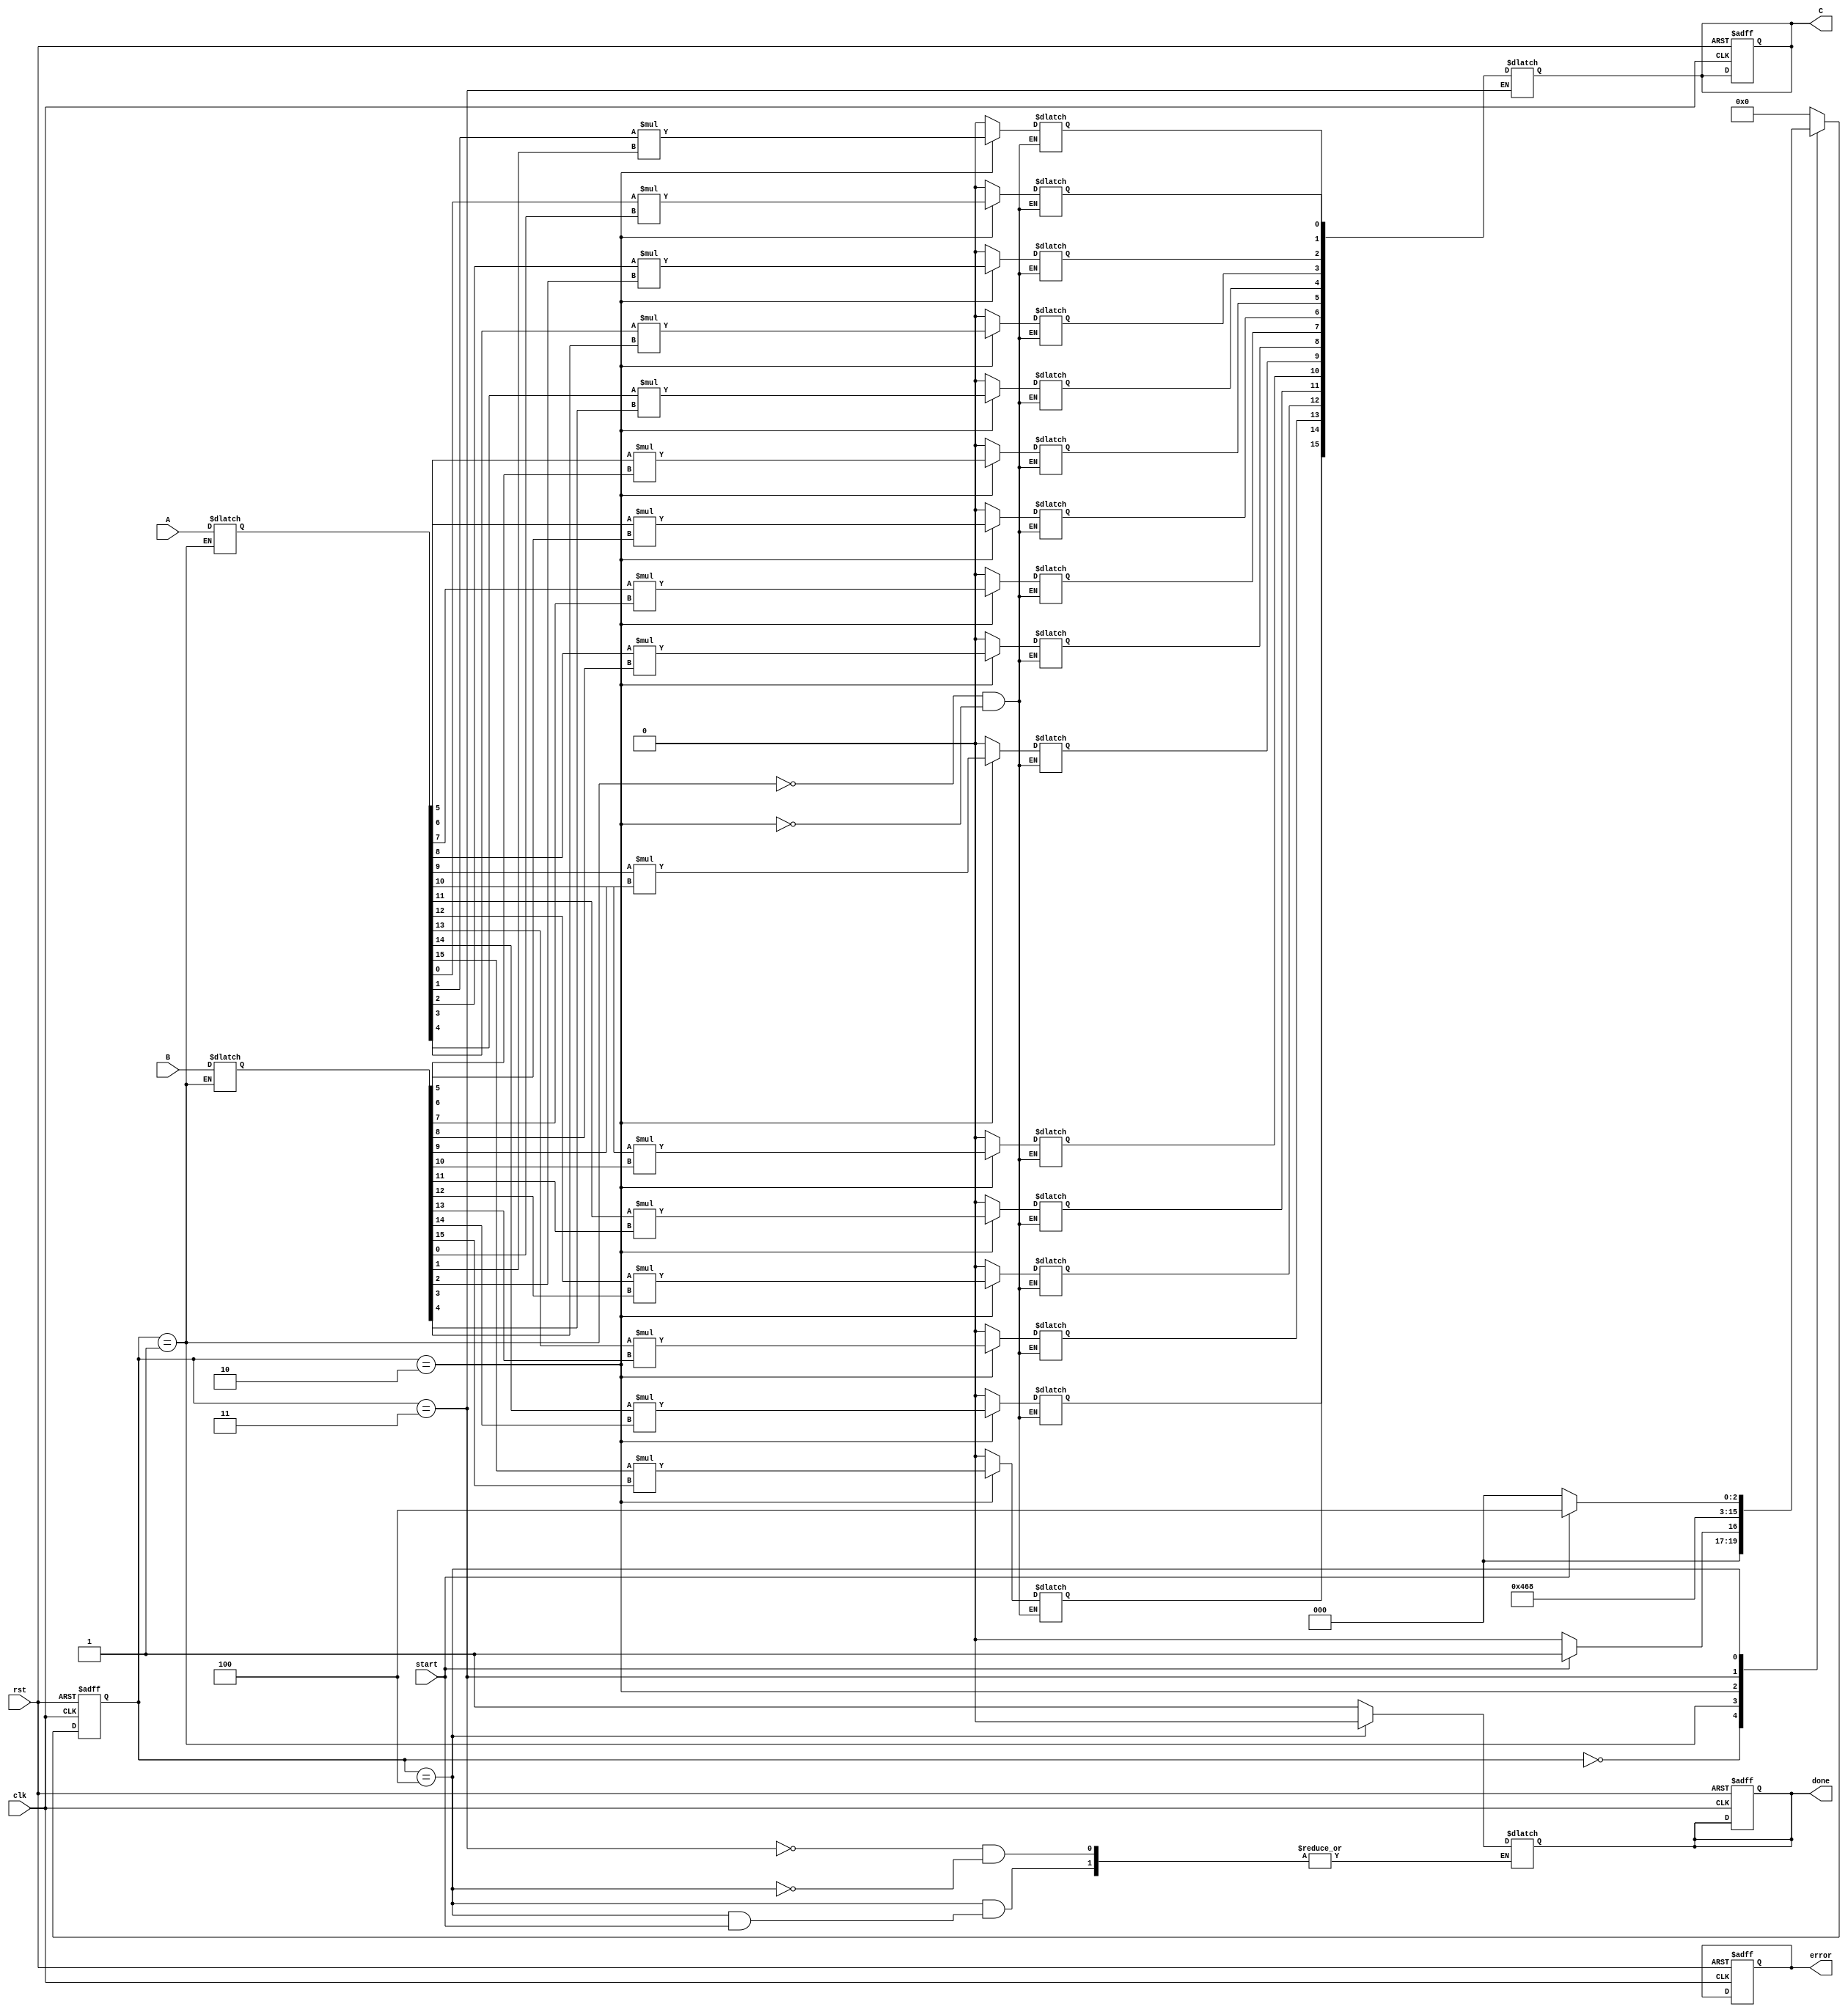
module stencil_multiplier #(
    parameter MATRIX_SIZE = 4 // Define the size of the matrices (MATRIX_SIZE x MATRIX_SIZE)
)(
    input wire clk,
    input wire rst,
    input wire start,
    input wire [MATRIX_SIZE*MATRIX_SIZE-1:0] A, // Flattened input matrix A
    input wire [MATRIX_SIZE*MATRIX_SIZE-1:0] B, // Flattened input matrix B
    output reg [MATRIX_SIZE*MATRIX_SIZE-1:0] C, // Flattened output matrix C
    output reg done,
    output reg error
);

    reg [MATRIX_SIZE*MATRIX_SIZE-1:0] A_reg, B_reg;
    reg [MATRIX_SIZE*MATRIX_SIZE-1:0] C_reg;
    reg [3:0] state, next_state;
    
    localparam IDLE = 4'b0000,
               LOAD = 4'b0001,
               MULTIPLY = 4'b0010,
               STORE = 4'b0011,
               DONE = 4'b0100;

    integer i, j;

    // State machine for control
    always @(posedge clk or posedge rst) begin
        if (rst) begin
            state <= IDLE;
            done <= 0;
            error <= 0;
            C <= 0;
        end else begin
            state <= next_state;
        end
    end

    always @(*) begin
        case (state)
            IDLE: begin
                if (start) begin
                    next_state = LOAD;
                end else begin
                    next_state = IDLE;
                end
            end
            
            LOAD: begin
                A_reg = A;
                B_reg = B;
                C_reg = 0;
                next_state = MULTIPLY;
            end
            
            MULTIPLY: begin
                C_reg = 0; // Reset C_reg for accumulation
                for (i = 0; i < MATRIX_SIZE; i = i + 1) begin
                    for (j = 0; j < MATRIX_SIZE; j = j + 1) begin
                        C_reg[i*MATRIX_SIZE + j] = A_reg[i*MATRIX_SIZE + j] * B_reg[i*MATRIX_SIZE + j];
                    end
                end
                next_state = STORE;
            end
            
            STORE: begin
                C = C_reg;
                done = 1;
                next_state = DONE;
            end
            
            DONE: begin
                if (!start) begin
                    done = 0;
                    next_state = IDLE;
                end else begin
                    next_state = DONE;
                end
            end
            
            default: begin
                next_state = IDLE;
            end
        endcase
    end
endmodule